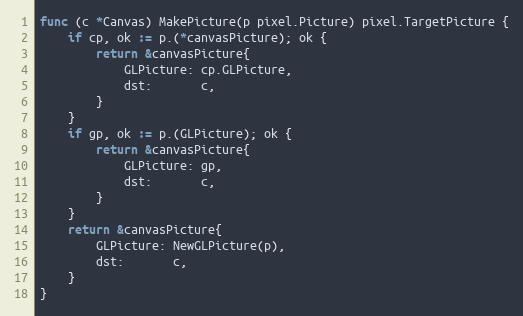
Language: Go
func (c *Canvas) MakePicture(p pixel.Picture) pixel.TargetPicture {
	if cp, ok := p.(*canvasPicture); ok {
		return &canvasPicture{
			GLPicture: cp.GLPicture,
			dst:       c,
		}
	}
	if gp, ok := p.(GLPicture); ok {
		return &canvasPicture{
			GLPicture: gp,
			dst:       c,
		}
	}
	return &canvasPicture{
		GLPicture: NewGLPicture(p),
		dst:       c,
	}
}